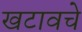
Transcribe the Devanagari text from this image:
खटावचे